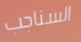
السناجب